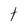
Character: t